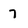
Character: 7